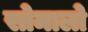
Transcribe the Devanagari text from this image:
सोमालो